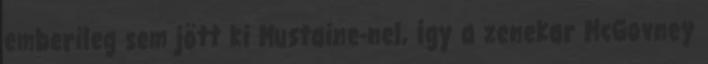
emberileg sem jött ki Mustaine-nel, így a zenekar McGovney